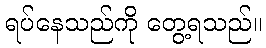
ရပ်နေသည်ကို တွေ့ရသည်။